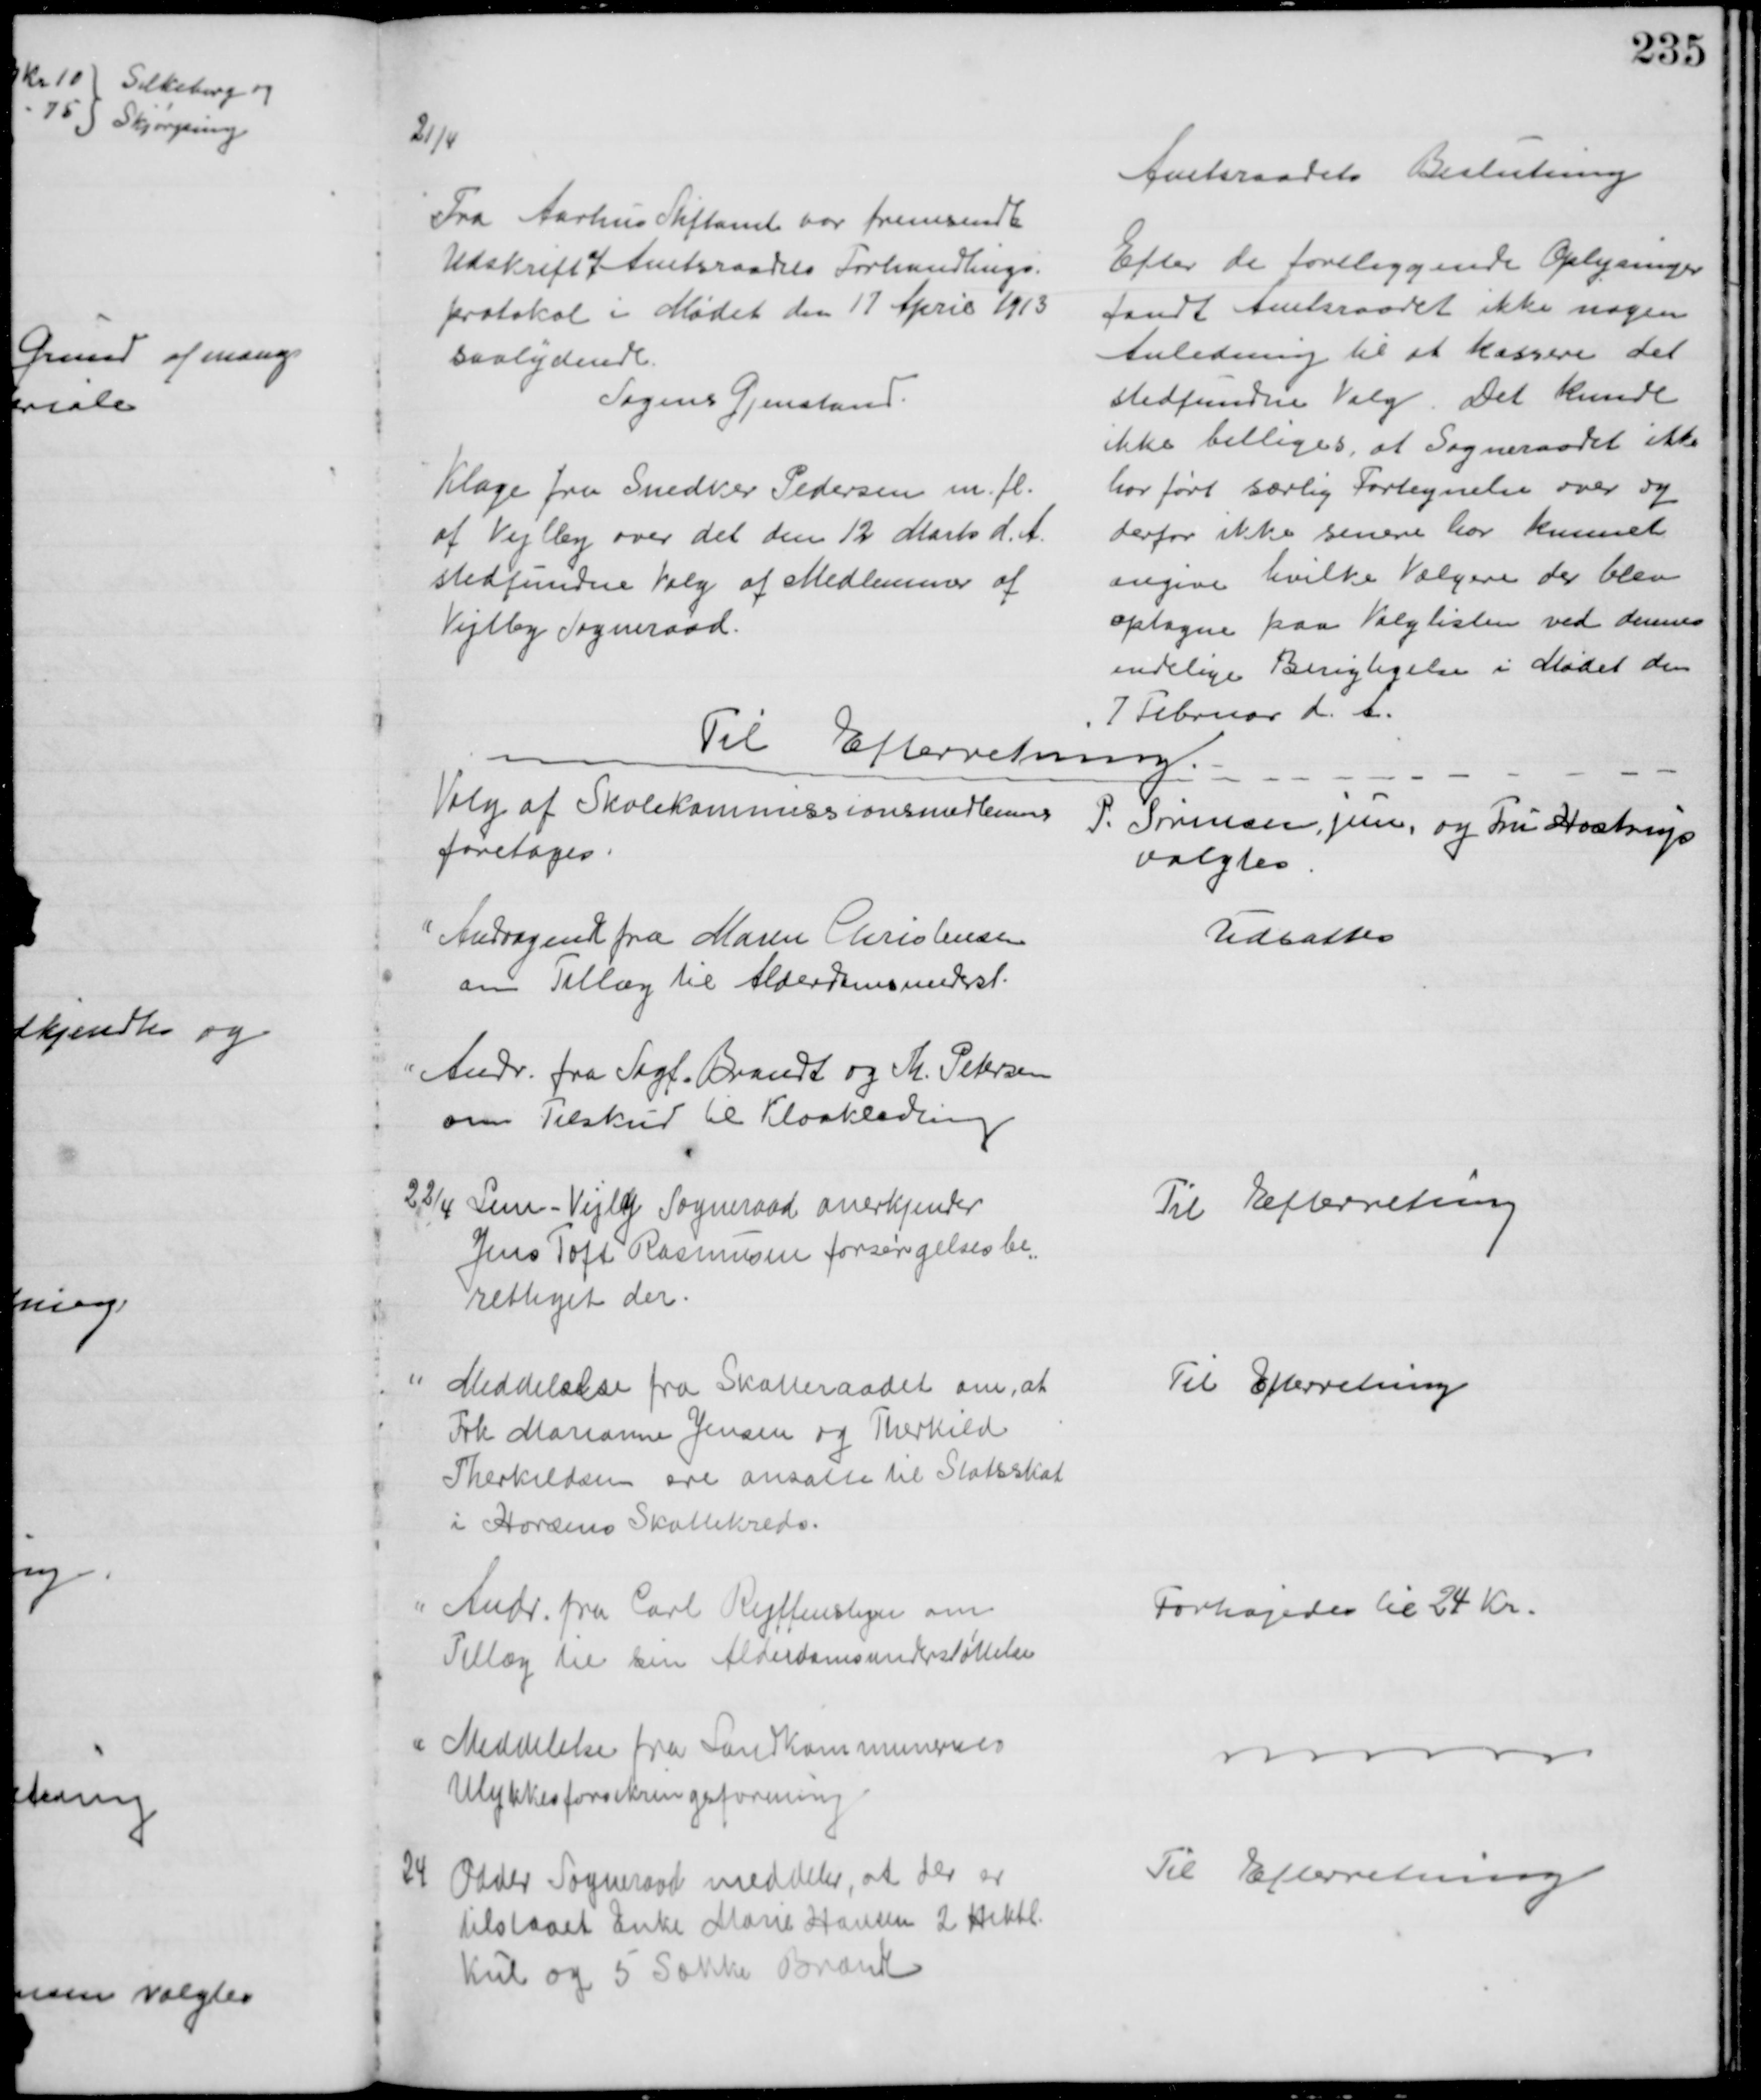
Transskription:
21/4
Fra Aarhus Stiftamt var fremsendt
Udskrift af Amtsraadets Forhandlings=
protokol i Mødet den 17 April 1913
saalydende.
Sagens Gjenstand.
Klage fra Snedker Pedersen m. fl.
af Vejlby over det den 12 Marts d. A.
stedfundne Valg af Medlemmer af
Vejlby Sogneraad
Amtsraadets Beslutning
Efter de foreliggende Oplysninger
fandt Amtsraadet ikke nogen
Anledning til at kassere det 
stedfundne Valg. Det kunde
ikke billiges, at Sogneraadet ikke 
har ført særlig Fortegnelse over og
derfor ikke senere har kunnet
angive hvilke Vælgere der blev
optagne paa Valglisten ved dennes 
endelige Berigtigelse i Mødet den 
7 Februar d. A.
Til Efterretning.
Valg af Skolekommissionsmedlemmer
foretoges:
P. Sørensen, jun. og Fru Hastrup
valgtes.
Andragende fra Maren Christensen
om Tillæg til Alderdomsunderst.
Udsattes
Andr. fra Sagf. Brandt og Th. Petersen
om Tilskud til Kloakledning
22/4 Lem - Vejby Sogneraad anerkjender
Jens Toft Rasmussen forsørgelsesbe=
rettiget der.
Til Efterretning
Meddelelse fra Skatteraadet om, at
Frk Marianne Jensen og Therkild
Therkildsen ere ansatte til Statsskat
i Horsens Skattekreds.
Til Efterretning
Andr. fra Carl Reiffenstein om
Tillæg til sin Alderdomsunderstøttelse
Forhøjedes til 24 Kr.
Meddelelse fra Landkommunernes
Ulykkesforsikringsforening
24 Odder Sogneraad meddeler, at der er
tilstaaet Enke Marie Hansen 2 Hektl.
Kul og 5 Sække Brænde
Til Efterretning